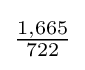
{\tfrac {1,665}{722}}